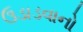
ઉડાડવાનો